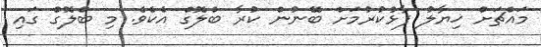
މައްޗަށް ޚިޔާލު ފާޅުކުރުމަށް ބޭނުން ކުރާ ބްލޮގް އެކެވެ. މި ބްލޮގް ގައި